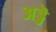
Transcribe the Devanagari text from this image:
अड्डॆ